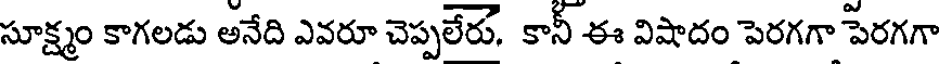
సూక్ష్మం కాగలడు అనేది ఎవరూ చెప్పలేరు. కానీ ఈ విషాదం పెరగగా పెరగగా